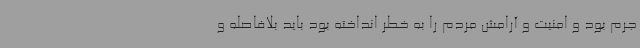
جرم بود و امنیت و آرامش مردم را به خطر انداخته بود باید بلافاصله و